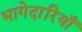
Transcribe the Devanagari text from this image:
भागेदारियाँ